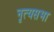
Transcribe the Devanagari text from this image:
नृत्यसभा